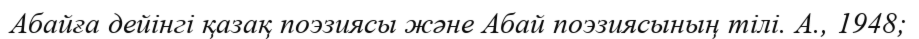
Абайға дейінгі қазақ поэзиясы және Абай поэзиясының тілі. А., 1948;